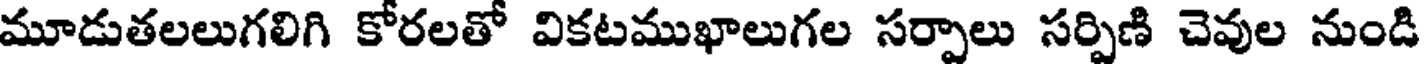
మూడుతలలుగలిగి కోరలతో వికటముఖాలుగల సర్పాలు సర్పిణి చెవుల నుండి